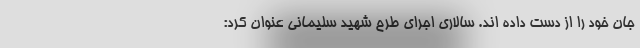
جان خود را از دست داده اند. سالاری اجرای طرح شهید سلیمانی عنوان کرد: